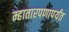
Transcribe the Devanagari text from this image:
म्हातारपणापर्यंत